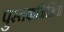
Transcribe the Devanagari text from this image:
पुस्तकनिर्मिती